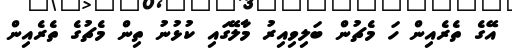
އޭގެ ތެރެއިން ހަ މެޗުން ބަލިވިއިރު މާލޭގައި ކުޅުނު ތިން މެޗުގެ ތެރެއިން